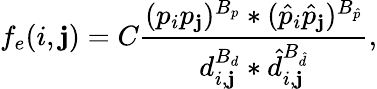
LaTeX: f_{e}(i,\mathbf{j})=C\frac{{(p_{i}p_{\mathbf{j}})^{B_{p}}*(\hat{{p}}_{i}\hat{{p}}_{\mathbf{j}})^{B_{\hat{{p}}}}}}{{d_{i,\mathbf{j}}^{B_{d}}*\hat{{d}}_{i,\mathbf{j}}^{B_{\hat{{d}}}}}},